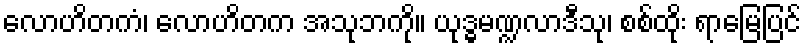
လောဟိတကံ၊ လောဟိတက အသုဘကို။ ယုဒ္ဓမဏ္ဍလာဒီသု၊ စစ်ထိုး ရာမြေပြင်